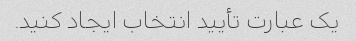
یک عبارت تأیید انتخاب ایجاد کنید.